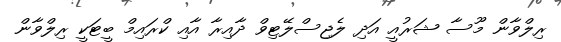
ރިލްވާން މޫސާ ޝަރުއީ އަދި ލެޖިސްލޭޓިވް ދާއިރާ އާއި ކްރައިމް ބީޓަކީ ރިލްވާން